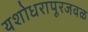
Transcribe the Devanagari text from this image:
यशोधरापूरजवळ